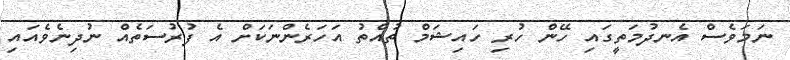
ނަމަވެސް އެނދުމަތީގައި ހޭން ހުރި ހައިޝަމް ތުއްތު އަހަރެންނަކަށް އެ ފުރުސަތެއް ނުދިނެވެއައި